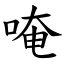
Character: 唵